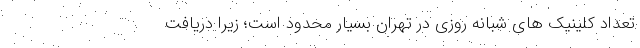
تعداد کلینیک های شبانه روزی در تهران بسیار محدود است؛ زیرا دریافت